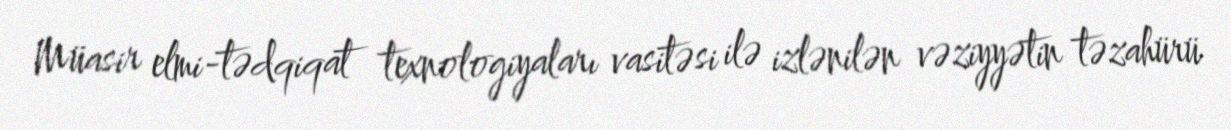
Müasir elmi-tədqiqat texnologiyaları vasitəsi ilə izlənilən vəziyyətin təzahürü